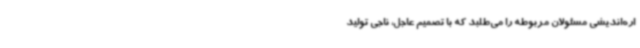
اره‌اندیشی مسئولان مربوطه را می‌طلبد که با تصمیم عاجل، ناجی تولید